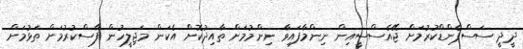
ދީދީ ސަސްޕެންޑްކުރުމަށް ޖޭއެސްސީއިން ނިންމާފައިވާ ނިންމުމަށް ތާއިދުކޮށް އެކަން މަޖިލީހުން ފާސްކުރުމަށް ތަޅުމަށް